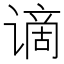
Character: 谪